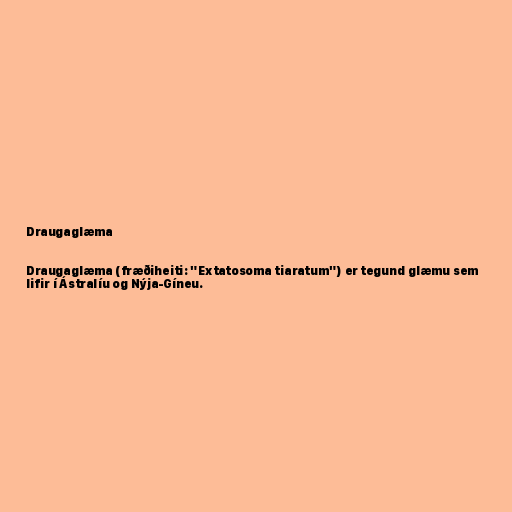
Draugaglæma

Draugaglæma (fræðiheiti: "Extatosoma tiaratum") er tegund glæmu sem
lifir í Ástralíu og Nýja-Gíneu.